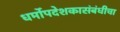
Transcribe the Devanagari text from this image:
धर्मोपदेशकासंबंधीचा